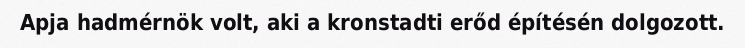
Apja hadmérnök volt, aki a kronstadti erőd építésén dolgozott.